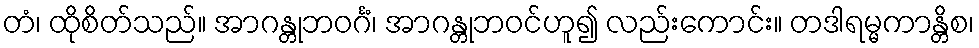
တံ၊ ထိုစိတ်သည်။ အာဂန္တုဘဝင်္ဂံ၊ အာဂန္တုဘဝင်ဟူ၍ လည်းကောင်း။ တဒါရမ္မကာန္တိစ၊